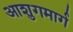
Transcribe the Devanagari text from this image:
आशुगमार्ग